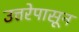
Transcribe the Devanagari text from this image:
उत्तरेपासून